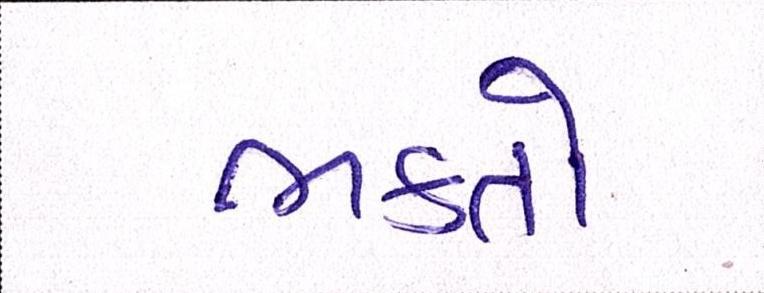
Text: ભક્તો